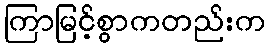
ကြာမြင့်စွာကတည်းက